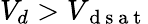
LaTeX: V_{d}>V_{\mathrm{~d~s~a~t~}}